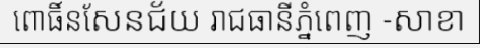
ពោធិ៍នសែនជ័យ រាជធានីភ្នំពេញ -សាខា